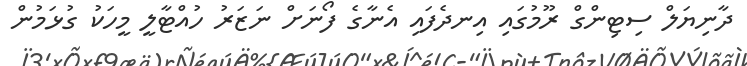
ދާނިޔަލް ސިޓިންގް ރޫމުގައި އިނދެފައި އެނާގެ ފޯނަށް ނަޒަރު ހުއްޓާލީ މީހަކު ގުޅަމުން